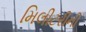
મિલીટરીની